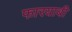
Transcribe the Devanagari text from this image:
फारयाबी